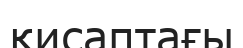
қисаптағы